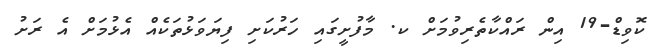
ކޮވިޑް-19 އިން ރައްކާތެރިވުމަށް ކ. މާފުށީގައި ހަރުކަށި ފިޔަވަޅުތަކެއް އެޅުމަށް އެ ރަށު